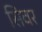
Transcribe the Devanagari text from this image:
सिवर